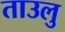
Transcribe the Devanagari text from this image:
ताउलु